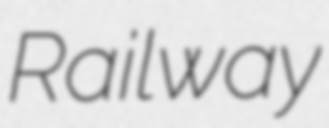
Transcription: Railway